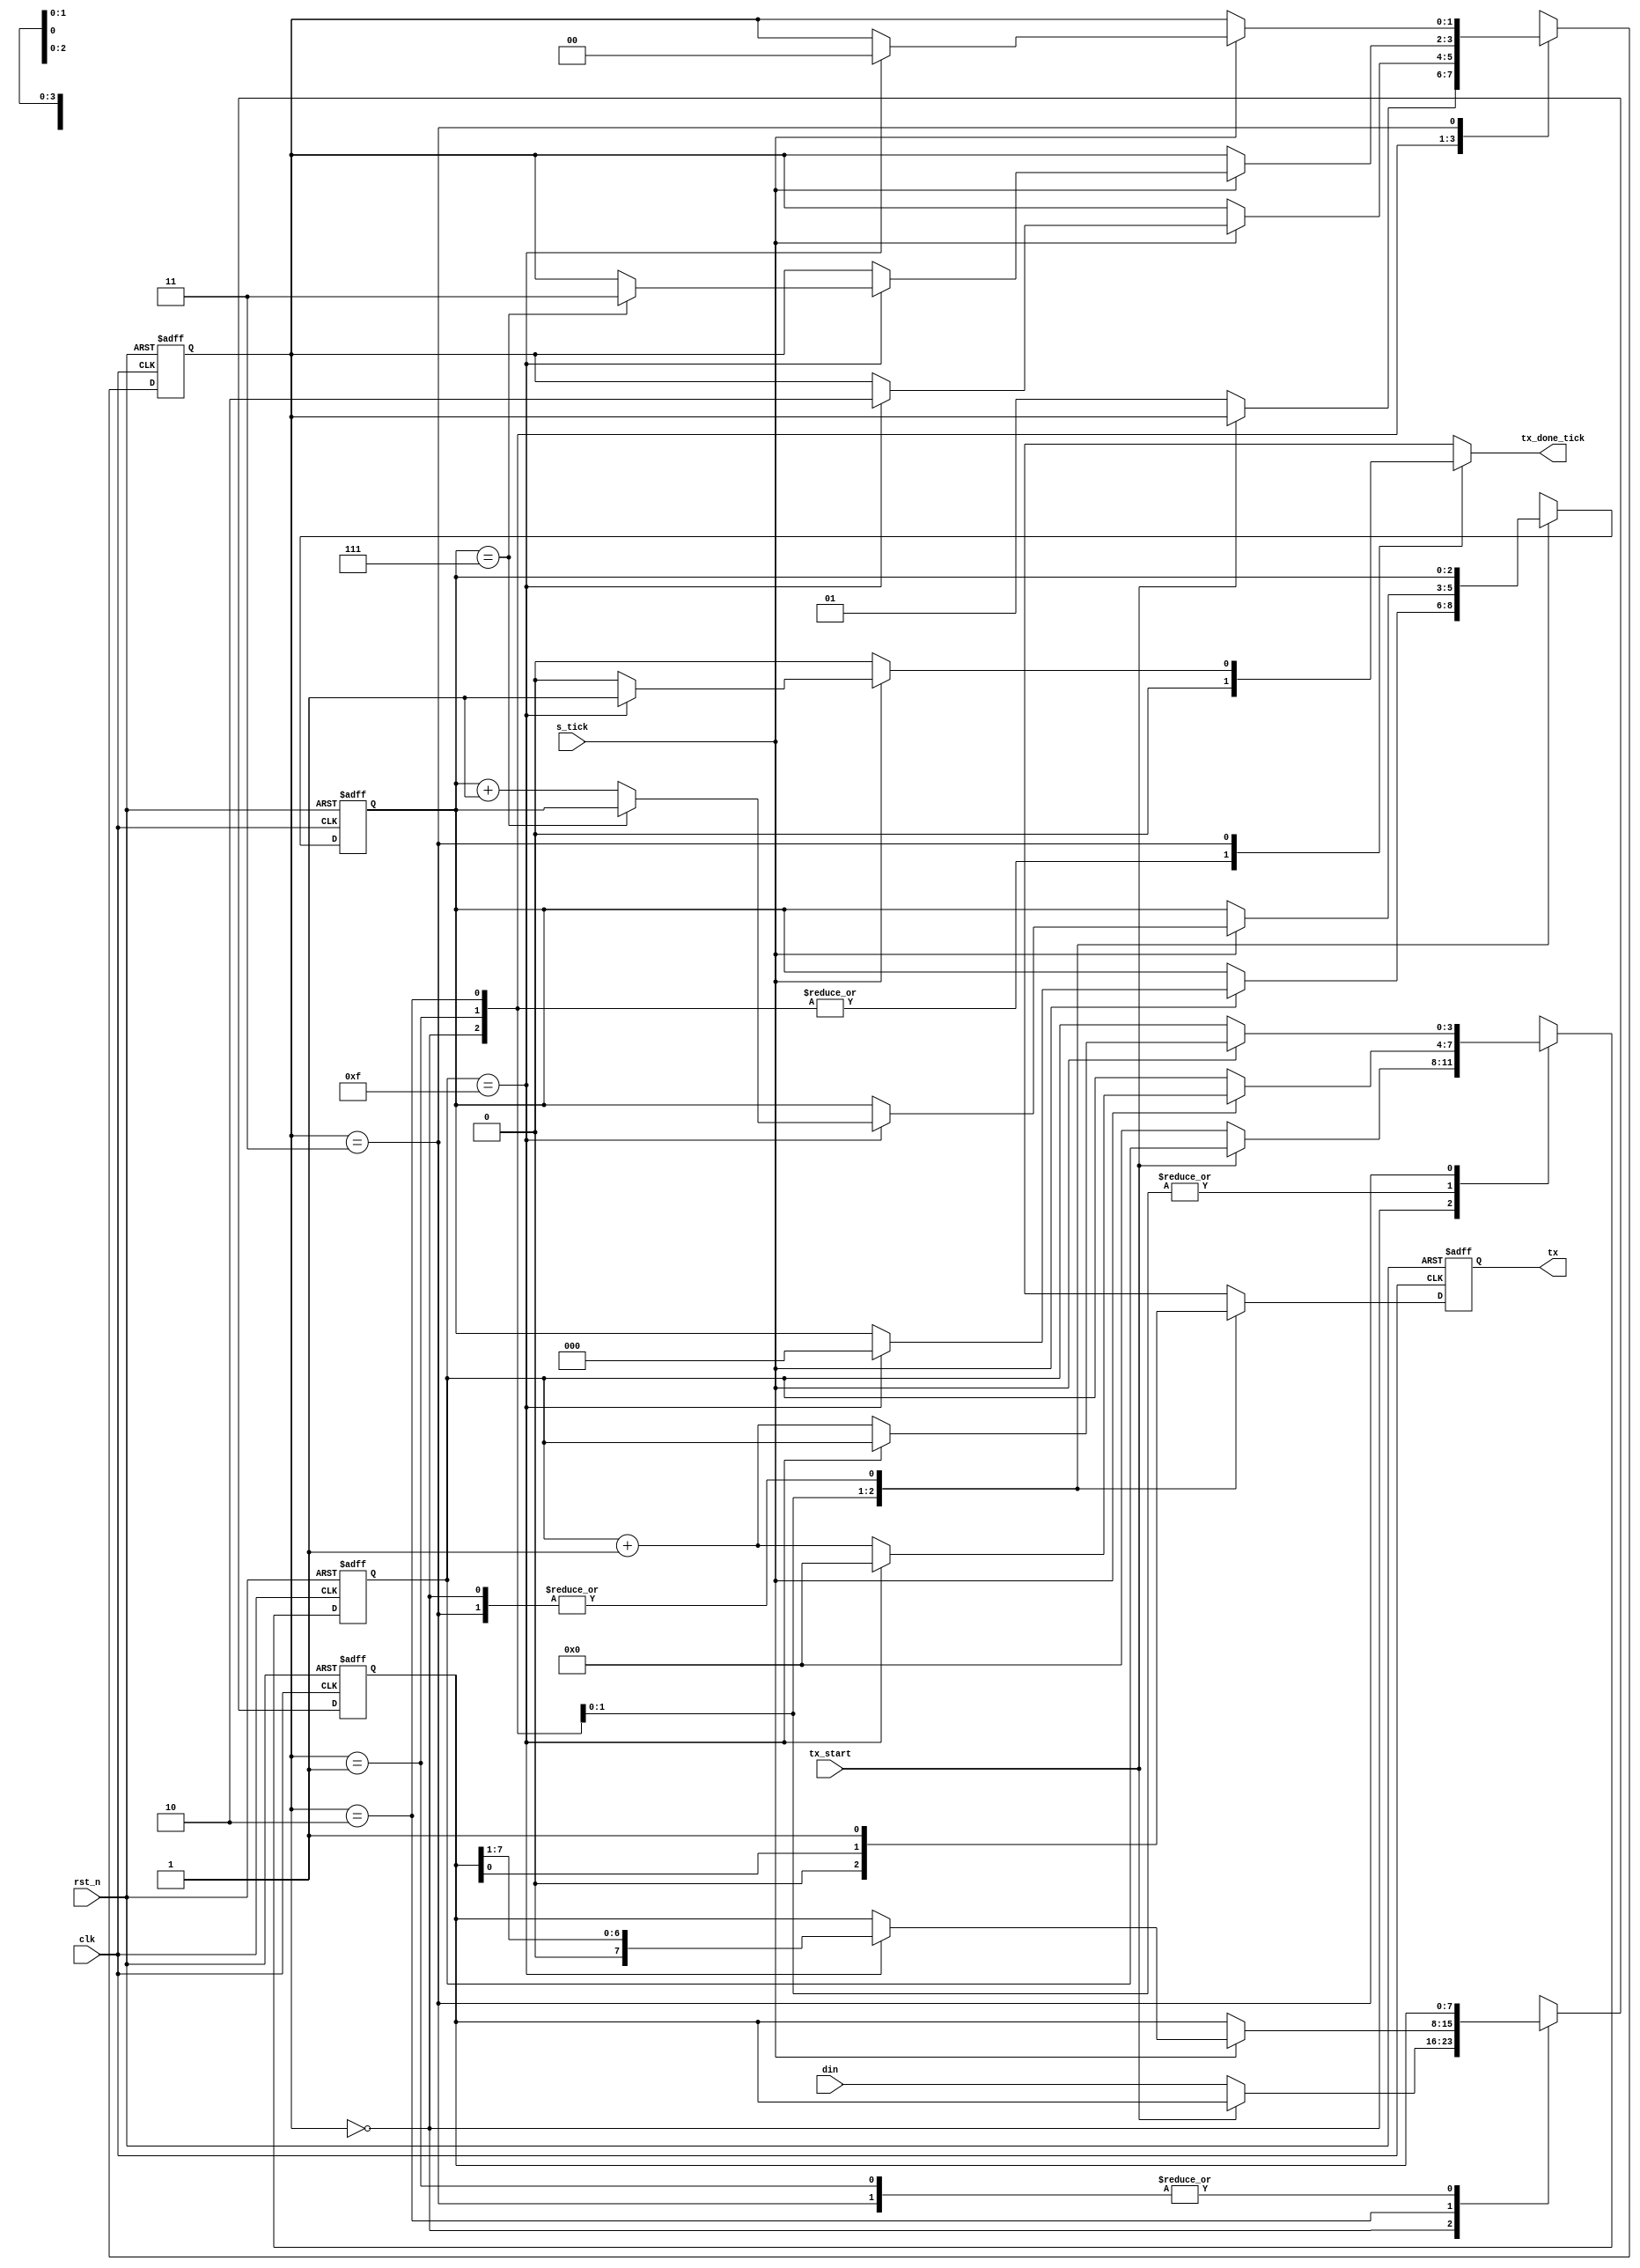
`timescale 1ns / 1ps

module uart_tx #(parameter DBIT=8, SB_TICK=16)
	(
		input clk,rst_n,
		input s_tick, tx_start,
		input[7:0] din,
		output reg tx_done_tick,
		output tx
    );
	 //FSM state declarations
	 localparam[1:0] idle=2'd0,
							start=2'd1,
							data=2'd2,
							stop=2'd3;
	 reg[1:0] state_reg,state_nxt;
	 reg[3:0] s_reg,s_nxt; //count to 16 for every data bit
	 reg[2:0] n_reg,n_nxt; //count the number of data bits already transmitted
	 reg[7:0] din_reg,din_nxt; //stores the word to be transmitted
	 reg tx_reg,tx_nxt;
	 //FSM register operation
	 always @(posedge clk,negedge rst_n) begin
		if(!rst_n) begin
			state_reg<=idle;
			s_reg<=0;
			n_reg<=0;
			din_reg<=0;
			tx_reg<=0;
		end
		else begin
			state_reg<=state_nxt;
			s_reg<=s_nxt;
			n_reg<=n_nxt;
			din_reg<=din_nxt;
			tx_reg<=tx_nxt;
		end
	 end
	 //FSM next-state logic
	 always @* begin
		 state_nxt=state_reg;
		 s_nxt=s_reg;
		 n_nxt=n_reg;
		 din_nxt=din_reg;
		 tx_nxt=tx_reg;
		 tx_done_tick=0;
		 case(state_reg)
				idle: begin //wait for the buffer to have at least one word stored
							tx_nxt=1;
							if(tx_start==0) begin //tx_start is  connected to the inverted empty port of fifo buffer
								din_nxt=din;
								s_nxt=0;
								state_nxt=start;
							end
						end
			  start: begin   //wait to finish the start bit
							tx_nxt=0;
							if(s_tick==1) begin
								if(s_reg==15) begin
									s_nxt=0;
									n_nxt=0;
									state_nxt=data;
								end
								else s_nxt=s_reg+1;
							end
						end
				data: begin  //wait for all data bits to be transmitted serially
							tx_nxt=din_reg[0];
							if(s_tick==1) begin
								if(s_reg==15) begin
									din_nxt=din_reg>>1;
									s_nxt=0;
									if(n_reg==DBIT-1) state_nxt=stop;
									else n_nxt=n_reg+1;
								end
								else s_nxt=s_reg+1;
							end
						end
				stop: begin  //wait to finish the stop bit
							tx_nxt=1;
							if(s_tick==1) begin
								if(s_reg==SB_TICK-1) begin
									tx_done_tick=1;
									state_nxt=idle;
								end
								else s_nxt=s_reg+1;
							end
						end
			default: state_nxt=idle;
		 endcase
	 end
	 assign tx=tx_reg;
	 
	 
 


endmodule